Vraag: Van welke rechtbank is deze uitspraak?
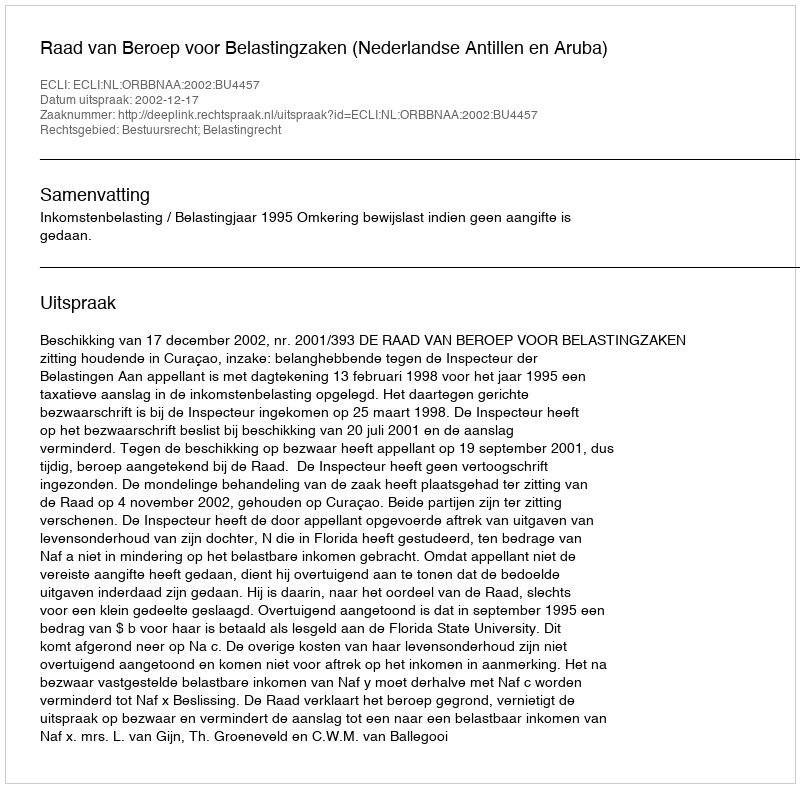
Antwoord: Raad van Beroep voor Belastingzaken (Nederlandse Antillen en Aruba)